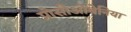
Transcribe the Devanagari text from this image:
प्रोसीओबेनिया